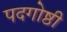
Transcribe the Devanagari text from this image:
पदगोष्ठी